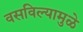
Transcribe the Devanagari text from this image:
वसविल्यामुळे